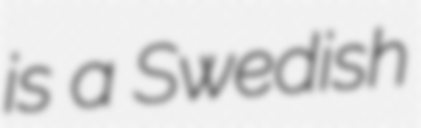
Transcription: is a Swedish